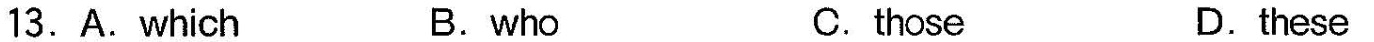
13.A.Which B.who C.those D.these